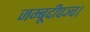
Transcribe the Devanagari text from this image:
जम्बूदीपञ्च।